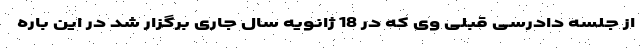
از جلسه دادرسی قبلی وی که در 18 ژانویه سال جاری برگزار شد در این باره